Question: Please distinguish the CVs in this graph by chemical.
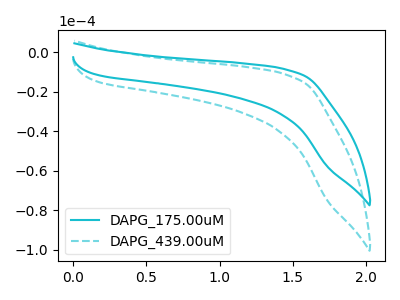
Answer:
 <answer>The cyan curve is labeled "DAPG_175.00uM". The cyan dashed curve is labeled "DAPG_439.00uM".</answer>
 <eval></eval>